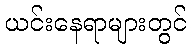
ယင်းနေရာများတွင်